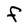
Character: F